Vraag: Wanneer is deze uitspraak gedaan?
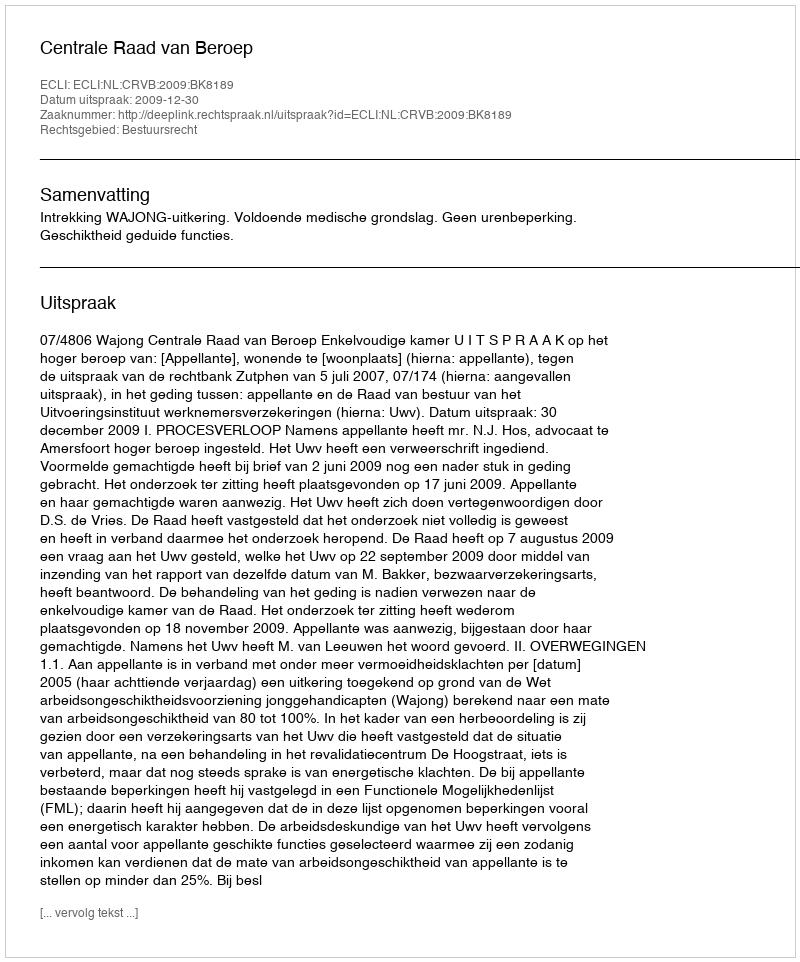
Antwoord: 2009-12-30